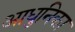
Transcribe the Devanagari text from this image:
आधुनिका